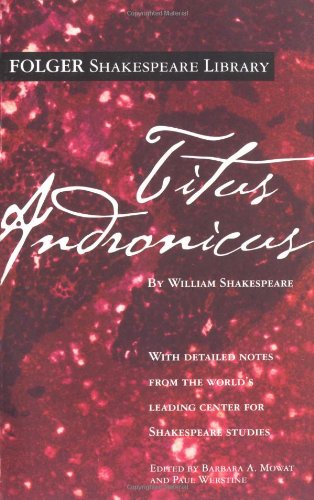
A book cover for Titus Andronicus (Folger Shakespeare Library); William Shakespeare; Literature & Fiction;